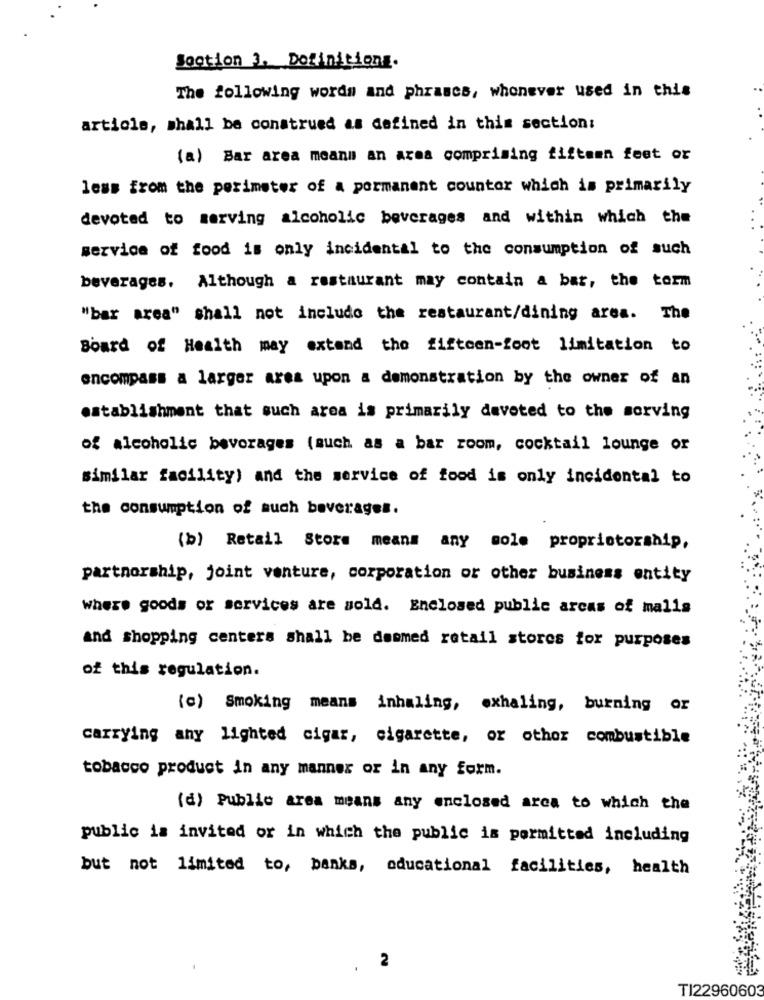
Sootion 3. Dofinitiong.
The following words and phrases, whonever used in this
article, shall be construed as defined in this section:
(a) Bar area means an area comprising fifteen feet or
less from the perimeter of a permanent counter which is primarily
devoted to serving alcoholic beverages and within which the
service of food is only incidental to the consumption of such
beverages. Although a restaurant may contain a bar, the torm
"bar area" shall not include the restaurant/dining area. The
Board of Health may extend the fifteen-foot limitation to
encompass a larger ares upon a demonstration by the owner of an
establishment that such area is primarily devoted to the sorving
of alcoholic beverages (such as a bar room, cocktail lounge or
similar facility) and the service of food is only incidental to
the consumption of such beverages.
(b) Retail Store means any sole proprietorship,
partnership, joint venture, corporation or other business entity
where goods or services are sold. Enclosed public areas of malls
and shopping centers shall be doomed retail stores for purposes
of this regulation.
(c) Smoking means inhaling, exhaling, burning or
carrying any lighted cigar, cigarette, or other combustible
tobacco product in any manner or in any form.
(d) Public area means any enclosed arca to which the
public is invited or in which the public is permitted including
but not limited to, banks, educational facilities, health
2
TI22960603